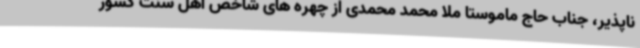
ناپذیر، جناب حاج ماموستا ملا محمد محمدی از چهره های شاخص اهل سنت کشور